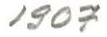
1907